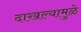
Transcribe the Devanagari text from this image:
दाखल्यामुळे